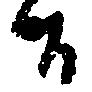
候